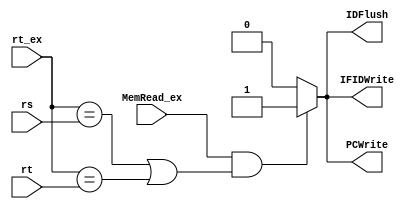
`timescale 1ns / 1ps
//////////////////////////////////////////////////////////////////////////////////
// Company: 
// Engineer: 
// 
// Design Name: 
// Module Name:    Hazard_Detection 
// Project Name: 
// Target Devices: 
// Tool versions: 
// Description: 
//
// Dependencies: 
//
// Revision: 
// Revision 0.01 - File Created
// Additional Comments: 
//
//////////////////////////////////////////////////////////////////////////////////
module Hazard_Detection(rt_ex,rs,rt,MemRead_ex,IDFlush,PCWrite,IFIDWrite);//data
	input[4:0] rt_ex,rs,rt;
	input MemRead_ex;
	output reg IDFlush,PCWrite,IFIDWrite;
	
	initial begin
	   IFIDWrite <= 1'b0;
	   PCWrite <= 1'b0;
		IDFlush <= 1'b0;
	end
	
	always @(rt_ex or rs or rt or MemRead_ex) 
	begin
	if ((MemRead_ex==1) && ((rt_ex==rs) || (rt_ex==rt))) 
	   begin
		IFIDWrite <= 1'b1;
		PCWrite <= 1'b1;
		IDFlush <= 1'b1;
		end
	else
	   begin
			IFIDWrite <= 1'b0;
			PCWrite <= 1'b0;
			IDFlush <= 1'b0;
		end
	end
endmodule